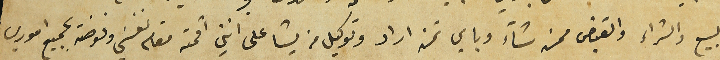
والبيع والشراء والقبض ممن شآء وباي ثمن اراد وتوكيل من يشا على انني اقمته مقام نفسَي وفوضته بجميع اموري